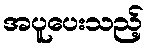
အပူပေးသည့်